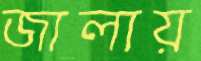
জালায়